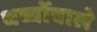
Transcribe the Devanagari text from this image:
धब्बोंवाले